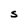
Character: S